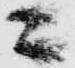
ニ